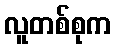
လူတစ်စုက